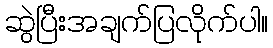
ဆွဲပြီးအချက်ပြလိုက်ပါ။